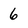
Character: 6